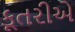
કૂતરીએ